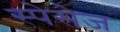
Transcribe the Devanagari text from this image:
स्पेसेज